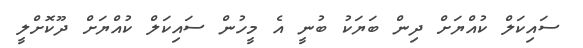
ސައިކަލް ކުއްޔަށް ދިން ބަޔަކު ބުނީ އެ މީހުން ސައިކަލް ކުއްޔަށް ދޫކޮށްލީ